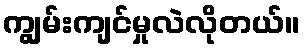
ကျွမ်းကျင်မှုလဲလိုတယ်။